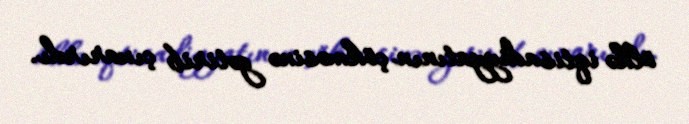
ölkə iqtisadiyyatının çökməsinə gətirib çıxarırdı.